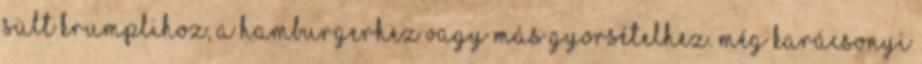
sült krumplihoz, a hamburgerhez vagy más gyorsételhez. Még karácsonyi